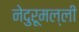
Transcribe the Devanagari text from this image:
नेदुरूमल्ली